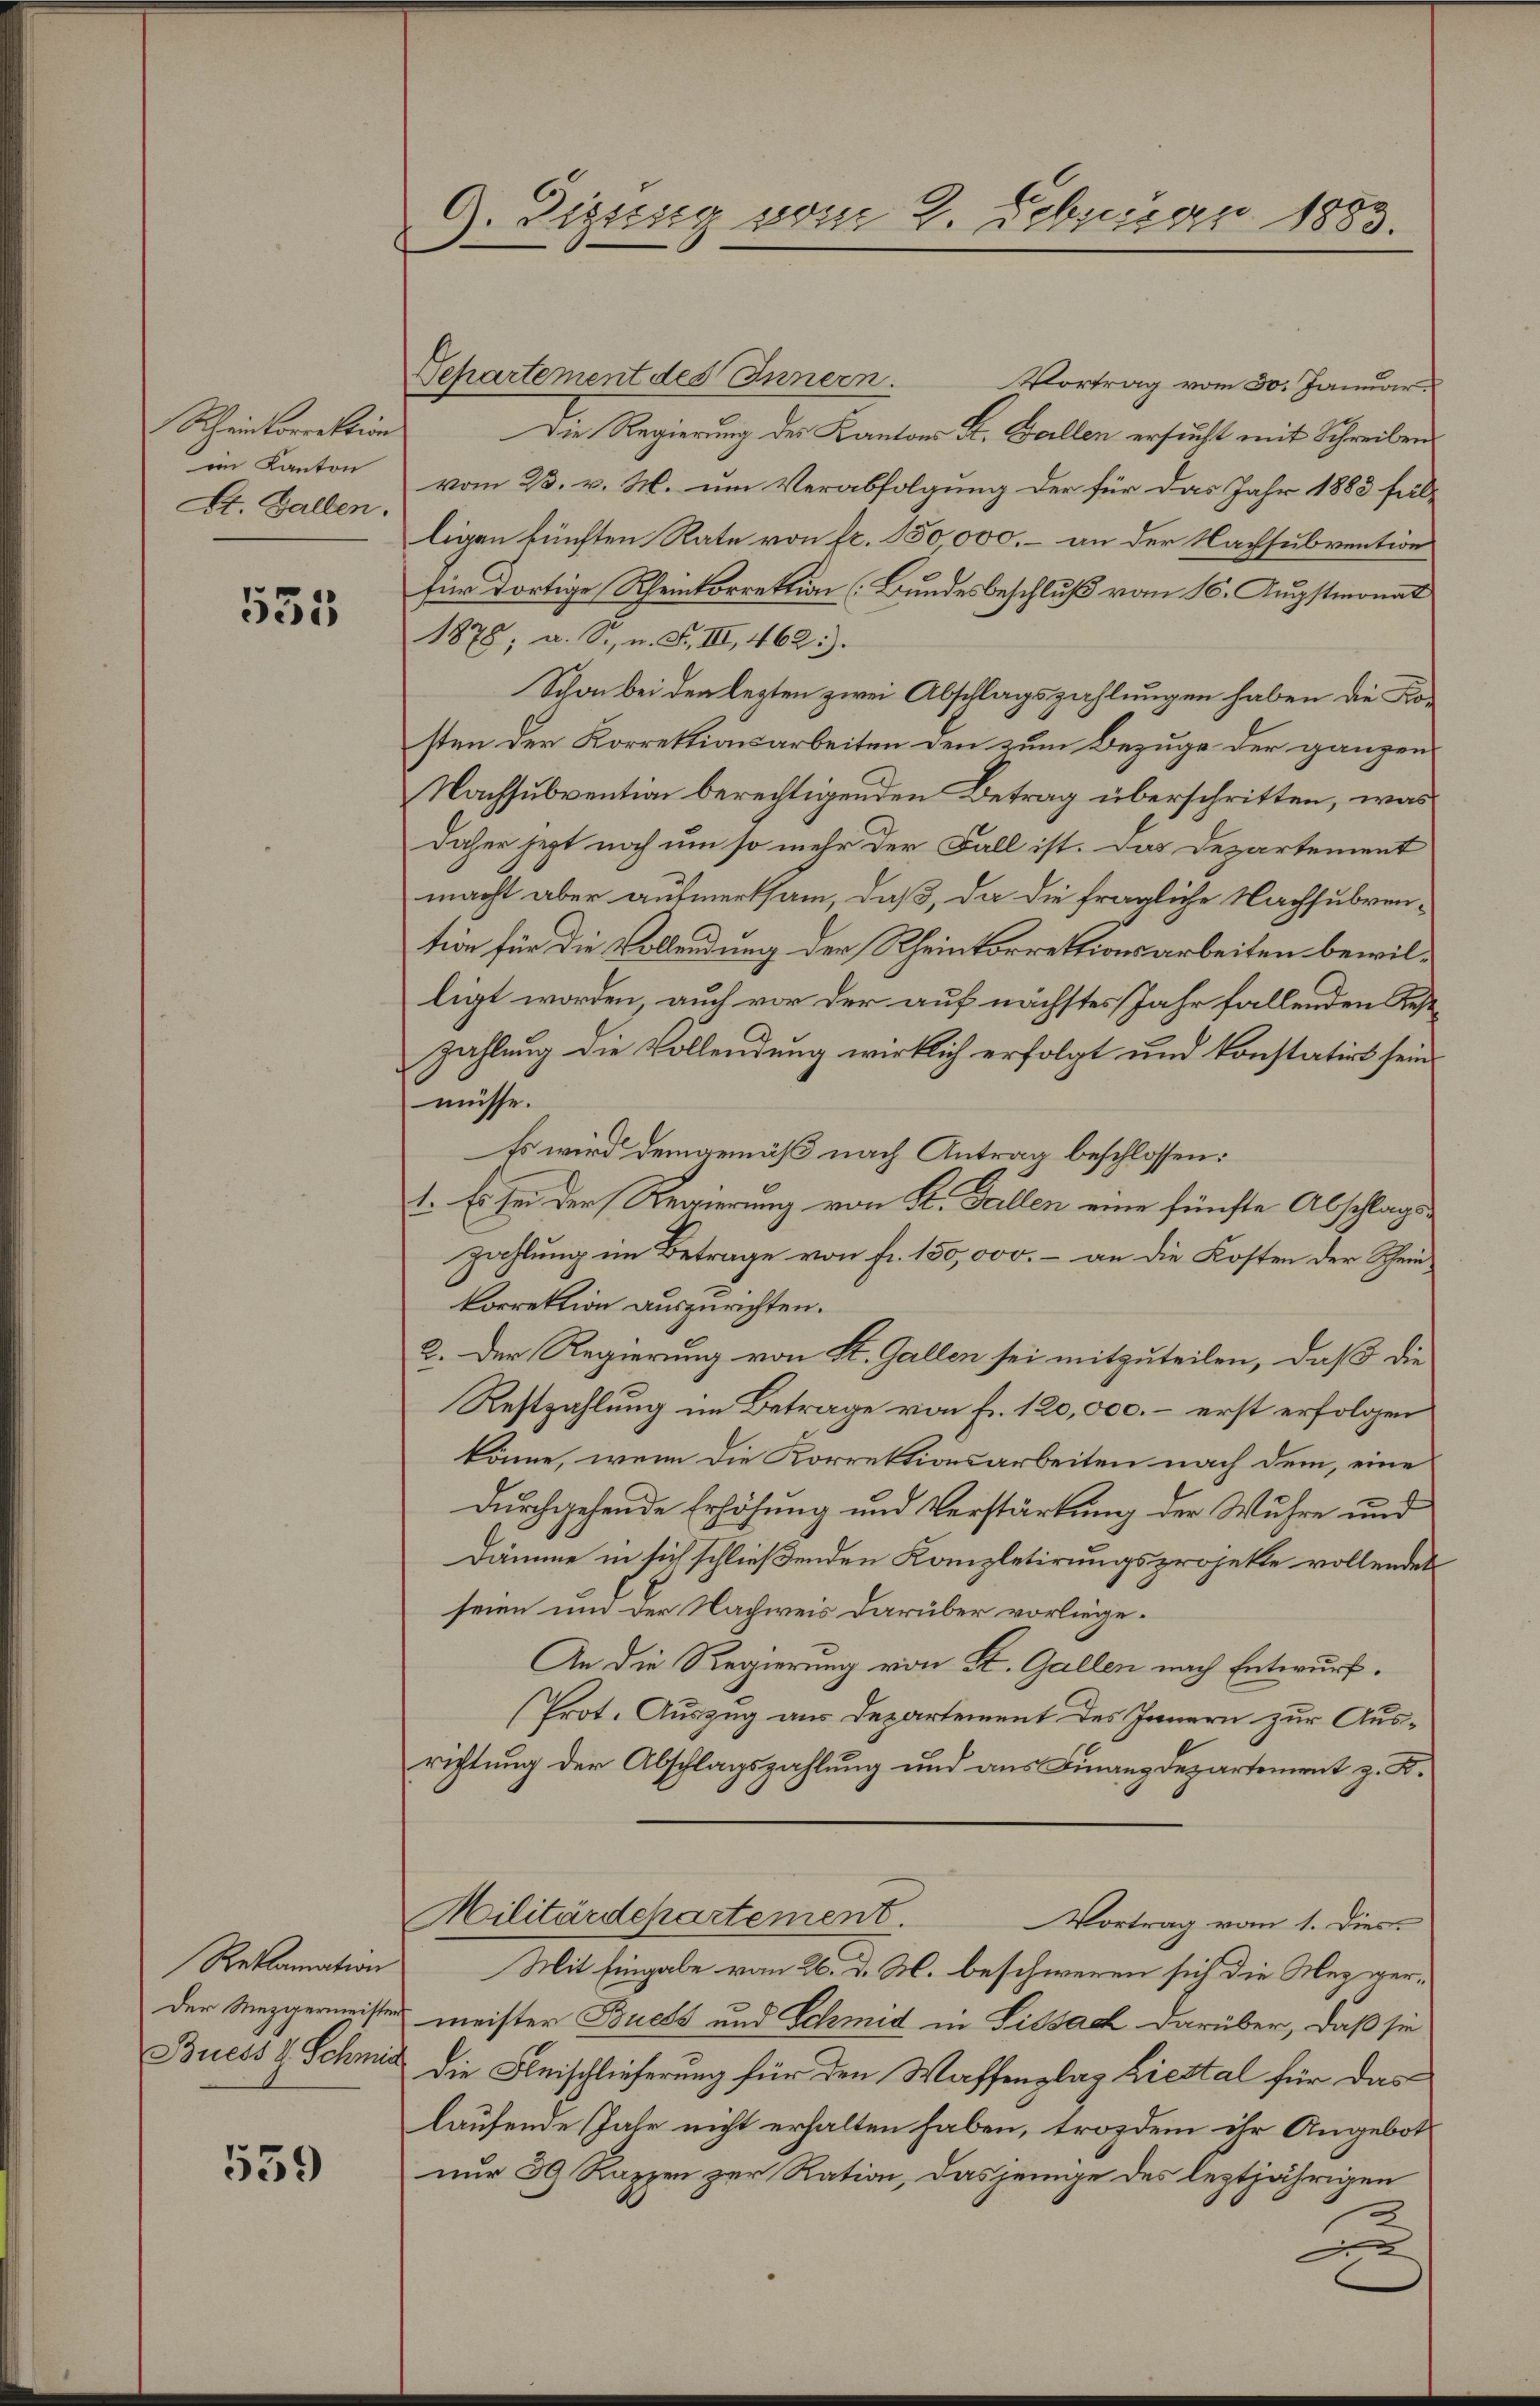
Schein korrektion
im Kanton
St. Gallen.

535

Reklamation
der Mezgermeisten
Buess H. Schmid

539

G. Dizung vom 2. Februar 1883.
f

Separtement des Innern.
Portrag vom 30. Januar.
Die Regierung des Kantons A. Gallen ersucht mit Schreiben
vom 23. v. M. um Verabfolgung der für das Jahr 1883 falligen künften Rate von fr. 150,000.– an der Nachsubvention
für dortige Rheinkorrektion (Bundesbeschluß vom 16. Augstmonat
1878; a. S., n. F. III, 462.
Schon bei den lezten zwei Abschlagszahlungen haben die Kosten der Korrektionsarbeiten den zum Bezuge der ganzen
Nachsubvention berechtigenden Betrag überschritten, was
daher jetzt noch um so mehr der Fall ist. Das Departement
macht aber aufmerksam, daß, da die fragliche Nachsubven-
tion für die Vollendung der Rheinkorrektionsarbeiten bewilligt worden, auch vor der auf nächstes Jahr fallenden Auszahlung die Vollendung wirklich erfolgt und konstatirt sein.
müsse.
Es wird demgemäß nach Antrag beschlossen:
1. Es sei der Regierung von K. Gallen eine fünfte Abschlagszahlung im Betrage von fr. 150,000.– an die Kosten der Scheinkorrektion auszurichten.
2. Der Regierung von St. Gallen sei mitzuteilen, daß die
Restzahlung im Betrage von fr. 120,000. – erst erfolgen
könne, wenn die Korrektionsarbeiten nach dem, eine
durchgehende Erhöhung und Verstärkung der Wuhre und
Dämme in sich schließenden Kompletirungsprojekte vollendet
seien und der Nachweis darüber vorliege.
An die Regierung von St. Gallen nach Entwurf.
(Prot. Auszug aus Departement des Innern zur Ausrichtung der Abschlagszahlung und aus Finanzdepartement z. B.
Militärdepartement.
Vortrag vom 1. Dies
Mit Eingabe vom 26. d. M. beschweren sich die Mezgermeister Buchs und Schmid in Lissach darüber, daß sie
Die Fleischlieferung für den Waffenplaz Liestal für das
laufende Jahr nicht erhalten haben, trozdem ihr Angebot
nur 39 Razzen zur Ration, dasjenige des leztjährigen
n